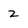
Character: 2